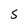
Character: 5